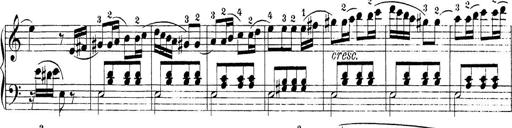
Title: Sonatina Album
Composer: Louis KÃ¶hler